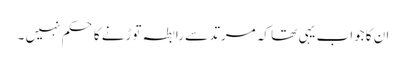
ان کا جواب یہی تھا کہ مرتد سے رابطہ توڑنے کا حکم نہیں ۔